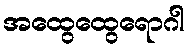
အထွေထွေရောဂါ